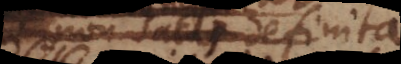
non satis definita.